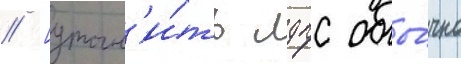
// [уточн'и́ть лдпс обы́чно